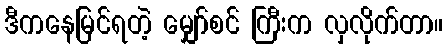
ဒီကနေမြင်ရတဲ့ မျှော်စင် ကြီးက လှလိုက်တာ။